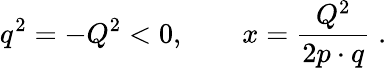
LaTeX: q^{2}=-Q^{2}<0,\qquad x=\frac{Q^{2}}{2p\cdot q}\; .